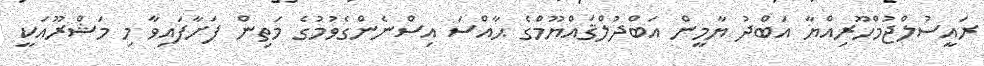
ރައީސުލްޖުމްހޫރިއްޔާ އަބްދު ޔާމީން އަބްދުލްޤައްޔޫމްގެ ޙާއްސަ އިސްނެންގެވުމުގެ މަތިން ފަށާފައިވާ މި މަޝްރޫއަކީ